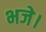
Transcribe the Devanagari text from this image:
भजे।